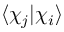
\langle \chi _ { j } | \chi _ { i } \rangle